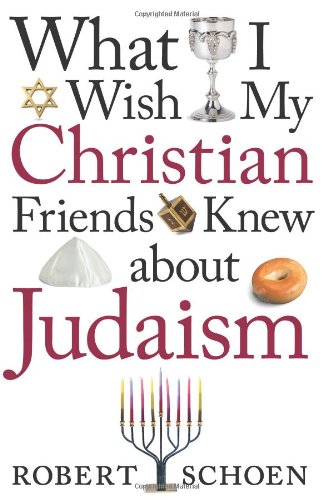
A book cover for What I Wish My Christian Friends Knew about Judaism; Robert Schoen; Christian Books & Bibles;